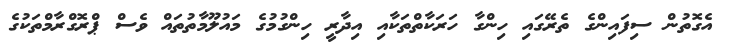
އެގޮތުން ސިފައިންގެ ތެރޭގައި ހިންގާ ހަރަކާތްތަކާއި އިދާރީ ހިންގުމުގެ މައުުލޫމާތުތައް ވެސް ޕްރޮގްރާމްތަކުގެ